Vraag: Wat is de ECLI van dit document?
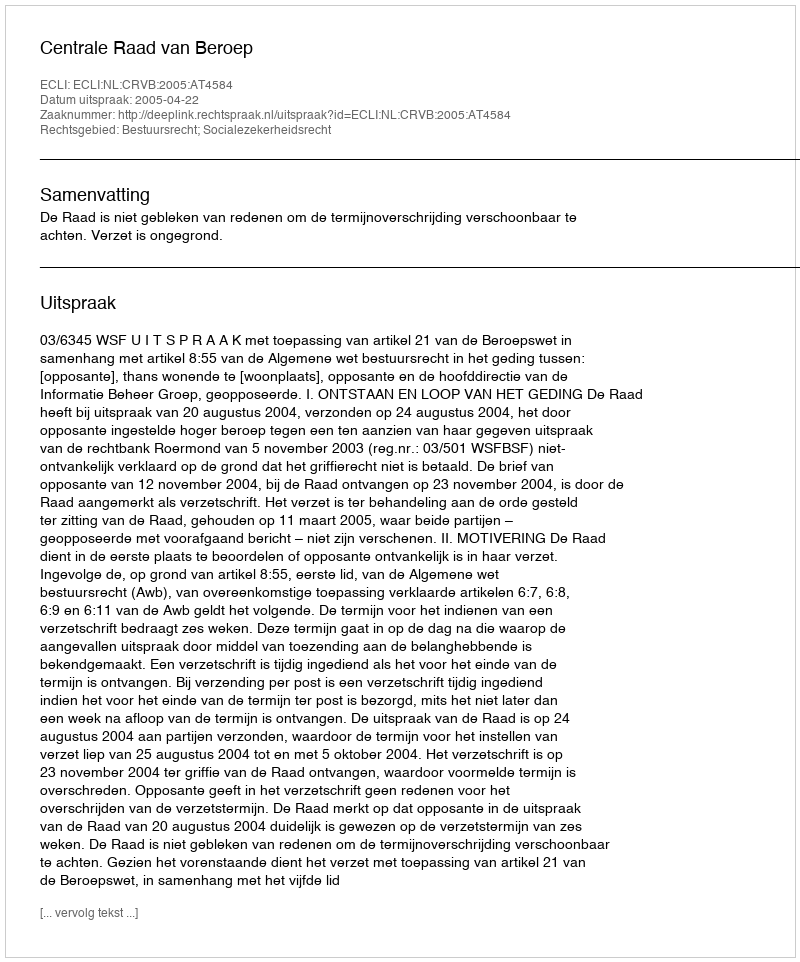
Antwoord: ECLI:NL:CRVB:2005:AT4584